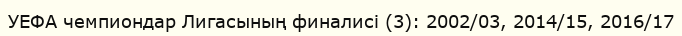
УЕФА чемпиондар Лигасының финалисі (3): 2002/03, 2014/15, 2016/17